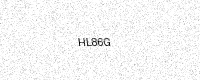
Text: HL86G